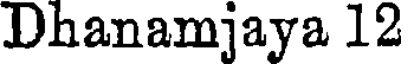
Dhanamjaya 12